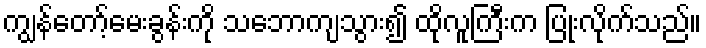
ကျွန်တော့်မေးခွန်းကို သဘောကျသွား၍ ထိုလူကြီးက ပြုံးလိုက်သည်။